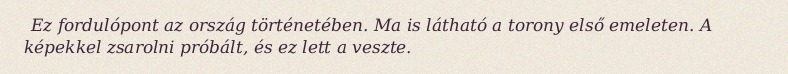
Ez fordulópont az ország történetében. Ma is látható a torony első emeleten. A képekkel zsarolni próbált, és ez lett a veszte.